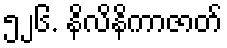
၅၂၆. နိလိနိကာဇာတ်